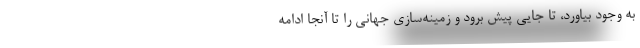
به وجود بیاورد، تا جایی پیش برود و زمینه‌سازی جهانی را تا آنجا ادامه